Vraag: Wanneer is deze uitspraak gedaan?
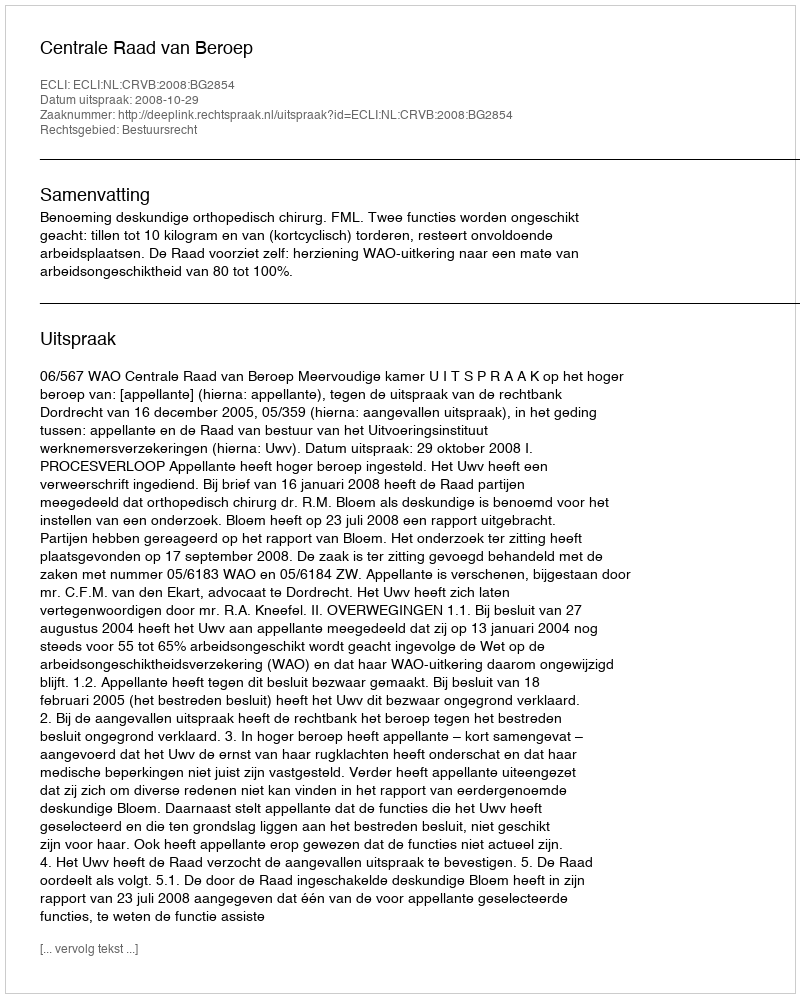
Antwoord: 2008-10-29